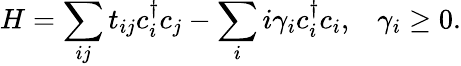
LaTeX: H=\sum_{ij}t_{ij}c_{i}^{\dagger}c_{j}-\sum_{i}i\gamma_{i}c_{i}^{\dagger}c_{i},\; \; \; \gamma_{i}\ge 0.